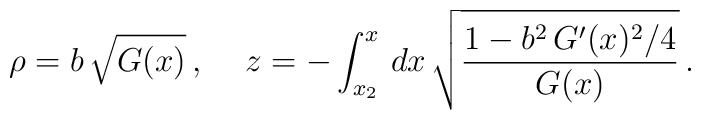
\rho=b\, \sqrt{G(x)}\,,\hspace{0.5cm}z=-\int_{x_2}^x\, dx\, \sqrt{ {1-b^2\,G'(x)^2}/4\over G(x)} \,.